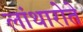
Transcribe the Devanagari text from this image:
लांथारोते